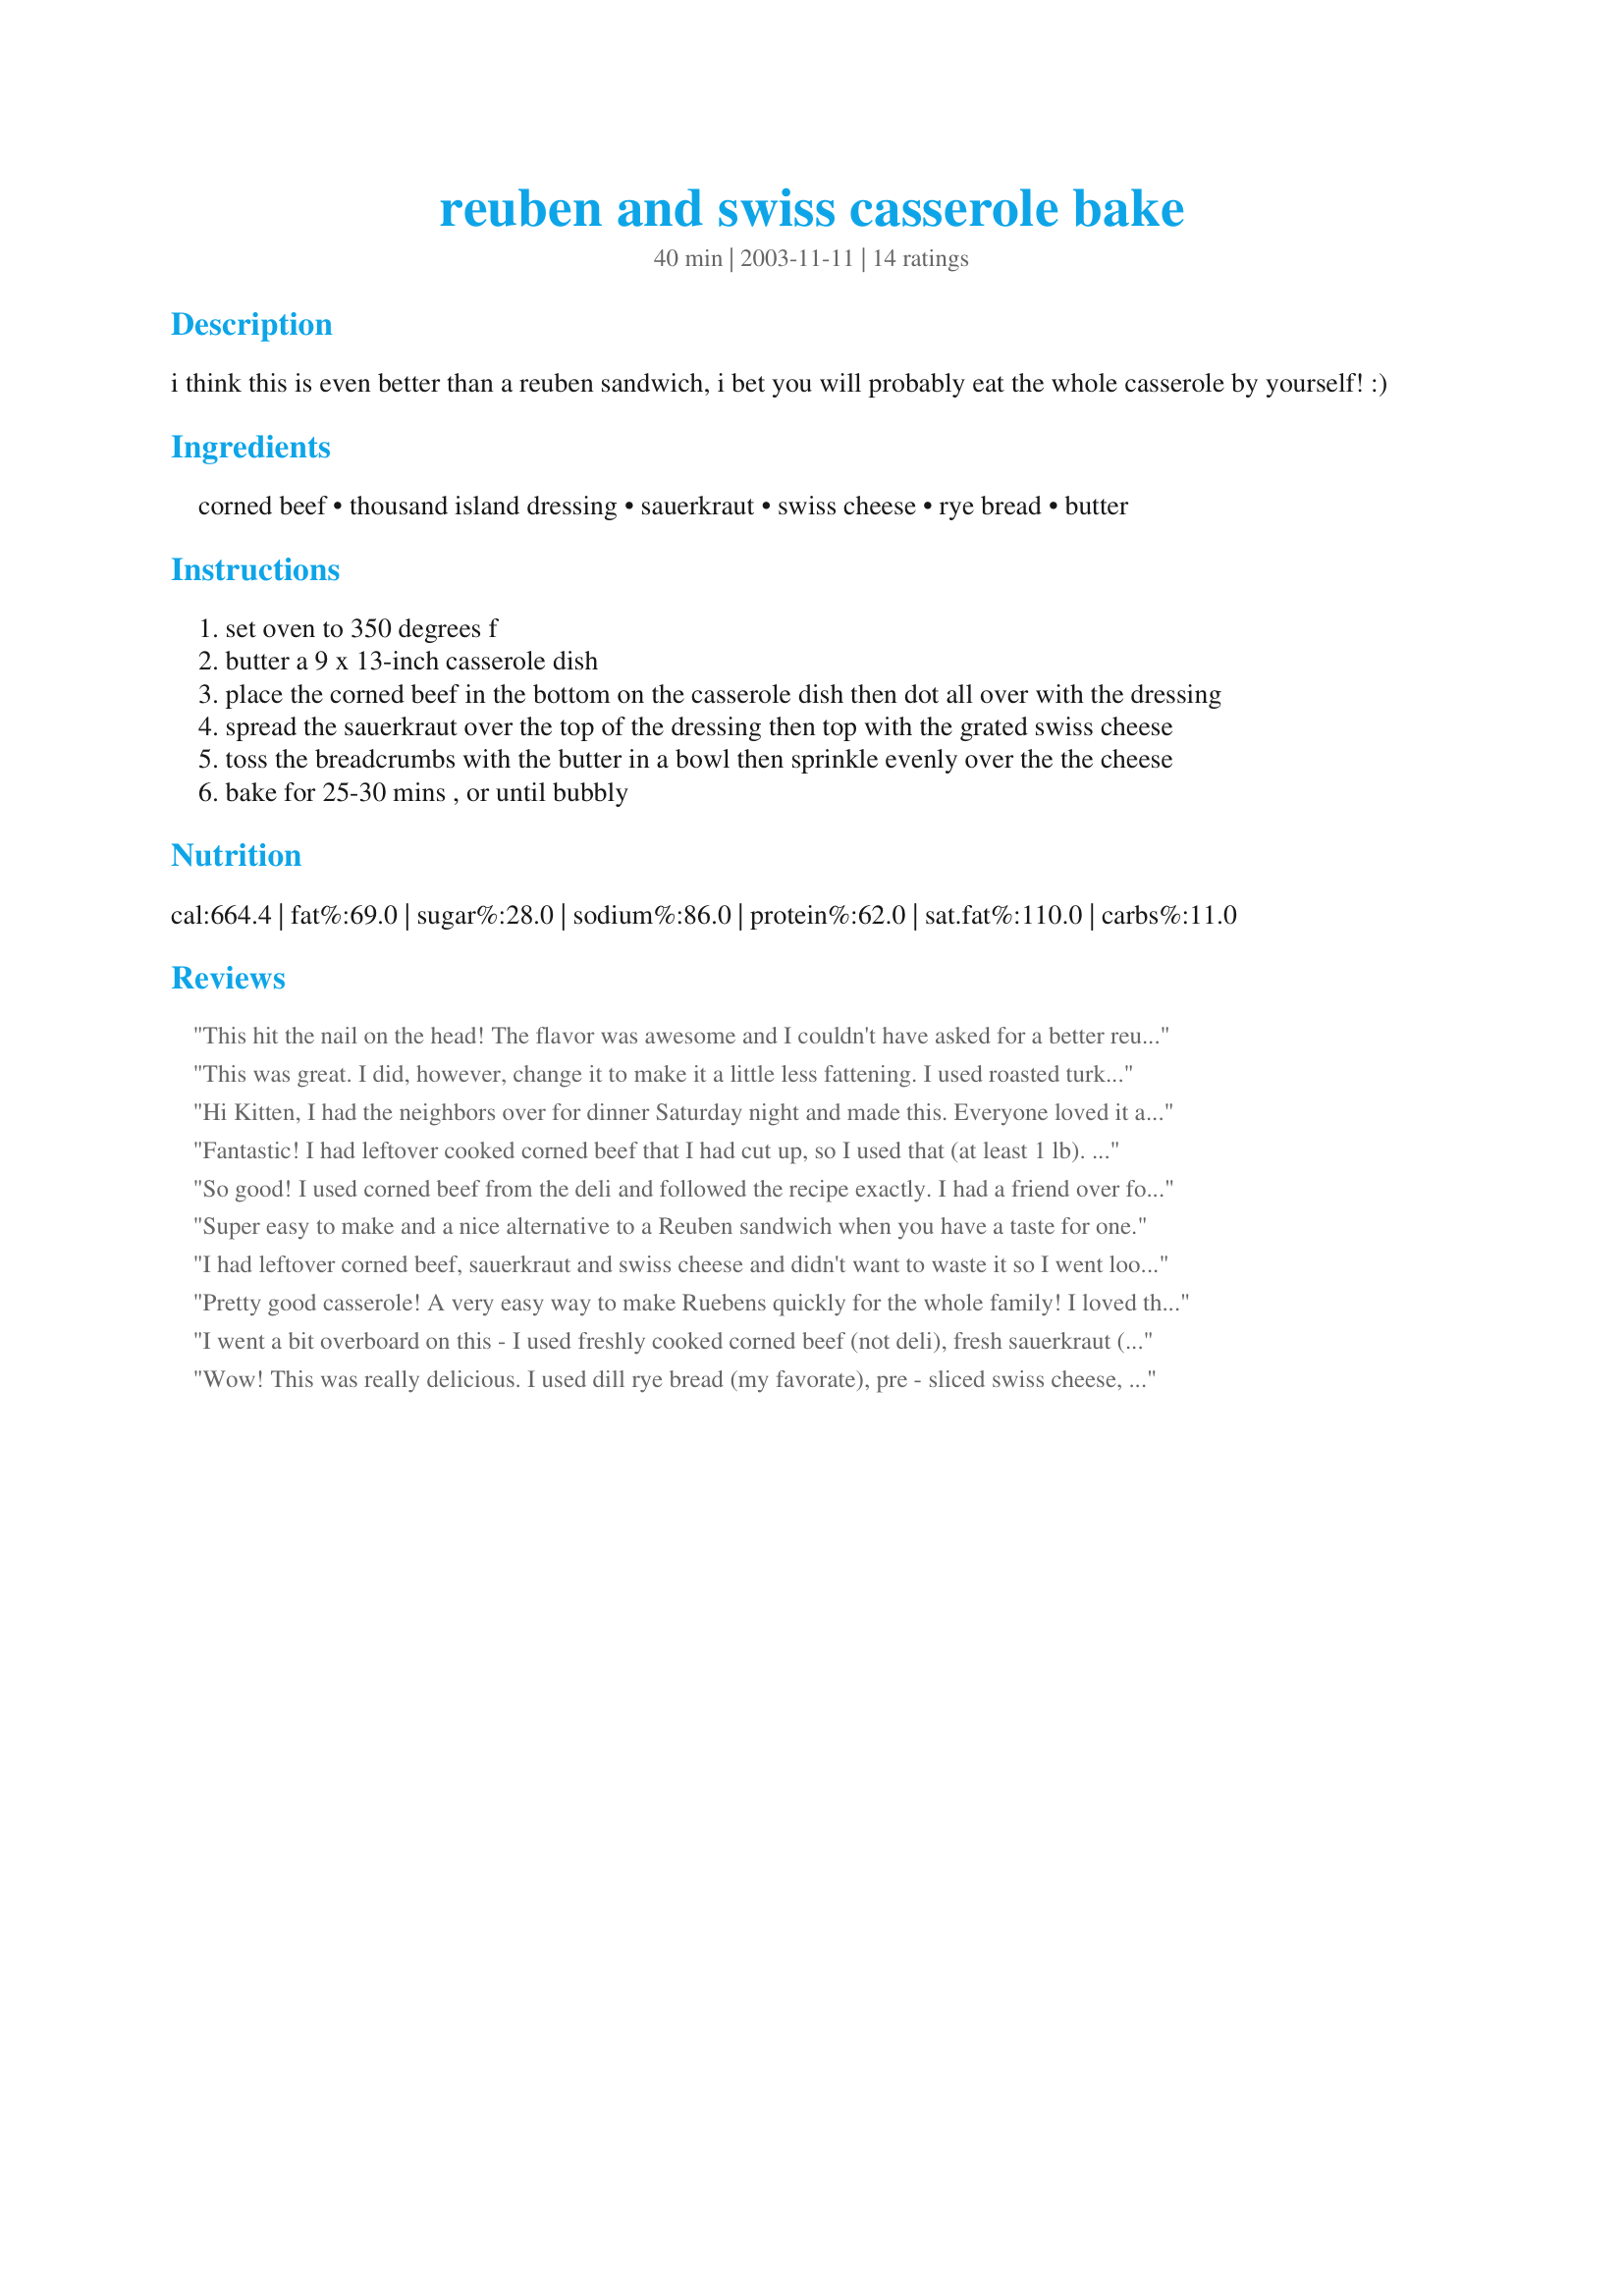
reuben and swiss casserole bake
Preparation time: 40 minutes

i think this is even better than a reuben sandwich, i bet you will probably eat the whole casserole by yourself! :)

Ingredients:
corned beef, thousand island dressing, sauerkraut, swiss cheese, rye bread, butter

Steps:
set oven to 350 degrees f
butter a 9 x 13-inch casserole dish
place the corned beef in the bottom on the casserole dish then dot all over with the dressing
spread the sauerkraut over the top of the dressing then top with the grated swiss cheese
toss the breadcrumbs with the butter in a bowl then sprinkle evenly over the the cheese
bake for 25-30 mins , or until bubbly

Reviews:
This hit the nail on the head! The flavor was awesome and I couldn't have asked for a better reuben casserole recipe! My husband LOVED it as reuben's are his favorite. To everyone reading this review.... every single recipe I have ever made from Kittencal has come out 100% perfect and delicious!!!!! Thanks!!!!!
This was great. I did, however, change it to make it a little less fattening. I used roasted turkey, light dressing and low fat swiss. It was still delicious with these changes. Thanks!
Hi Kitten, I had the neighbors over for dinner Saturday night and made this. Everyone loved it and she asked for the recipe. What a easy way way to get your Reuben fix. I made it exactly as written. Thanks so much for suggesting this. You are such a good cook.

Fantastic! I had leftover cooked corned beef that I had cut up, so I used that (at least 1 lb). I think I used about 1/2 cup of the Thousand Island dressing. I loved that crunchy, buttery rye topping. This really is better than the sandwich! Thanx for sharing. This is a keeper!
So good! I used corned beef from the deli and followed the recipe exactly. I had a friend over for dinner last night and he and my son and ok, yes myself ate the whole thing and the guys kept going on and on about how good it is. I really love thousand island on corned beef so I added more like ketchup, so yummy!
Super easy to make and a nice alternative to a Reuben sandwich when you have a taste for one.
I had leftover corned beef, sauerkraut and swiss cheese and didn't want to waste it so I went looking for a casserole. Came upon this one and I made it for DH to take to work. I had purchased a frozen Reuben casserole for him before that he liked except for the 'freaky bottom crust it had'. After eating this one he said it was perfect! Simple to make, and something different to change up the lunch routine for him. Thanks for posting.
Pretty good casserole! A very easy way to make Ruebens quickly for the whole family! I loved the idea of this, but I found that the sauerkraut made it very watery even though I drained it before adding. I guess you really need to squeeze as much liquid out of it as possible! Also, I couldn't taste the Thousand Island dressing in it, so I guess that could be increased as well. I'll definitely be trying this again with said changes.
I went a bit overboard on this - I used freshly cooked corned beef (not deli), fresh sauerkraut (Hebrew National), homemade Thousand Island (my recipe #64817), and homemade rye bread (whew!). It was really good, and everyone enjoyed it. The only change I would make would be doubling the dressing.
Wow! This was really delicious. I used dill rye bread (my favorate), pre - sliced swiss cheese, and reduced - fat 1,000 island. I used leftover corned beef also. I am a salt fanatic so this was right up my alley. I can see how easy this would be to eat the whole thing. I think this would be a fantastic pot luck or carry in dish. I am sure you will come home with an empty casserole. Thanks for sharing with us.
I love reuben sandwiches, and this just did not do it for DH or myself. I would not make it again. I would make the sandwhiches instead. sorry.
This was fantastic! My son doesn't even like saurkraut, but loved this - even had seconds. I upped the thousand island dressing though, because I like the sweetness. Otherwise, made the recipe to the "T". Awesome casserole! Thank you! Very easy to make. Just gotta come up with a quicker way to crumble the bread. :-)
Hey, Kittencal, Made this for only one last evening with left-overs. Excellent flavors...and you were right...I ATE THE WHOLE THING. One suggestion: Tear the corn beef into bite-size piece; it is easier to spoon out a portion. Thanks for the easiest Rueben "fix" ever! Caroline
I don't know how but my local grocery store had no corn beef, so I had to use turkey. It still turned out great! I also used my own homemade thousand island dressing! Thanks for posting.
